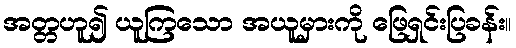
အတ္တဟူ၍ ယူကြသော အယူမှားကို ဖြေရှင်းပြခန်း။